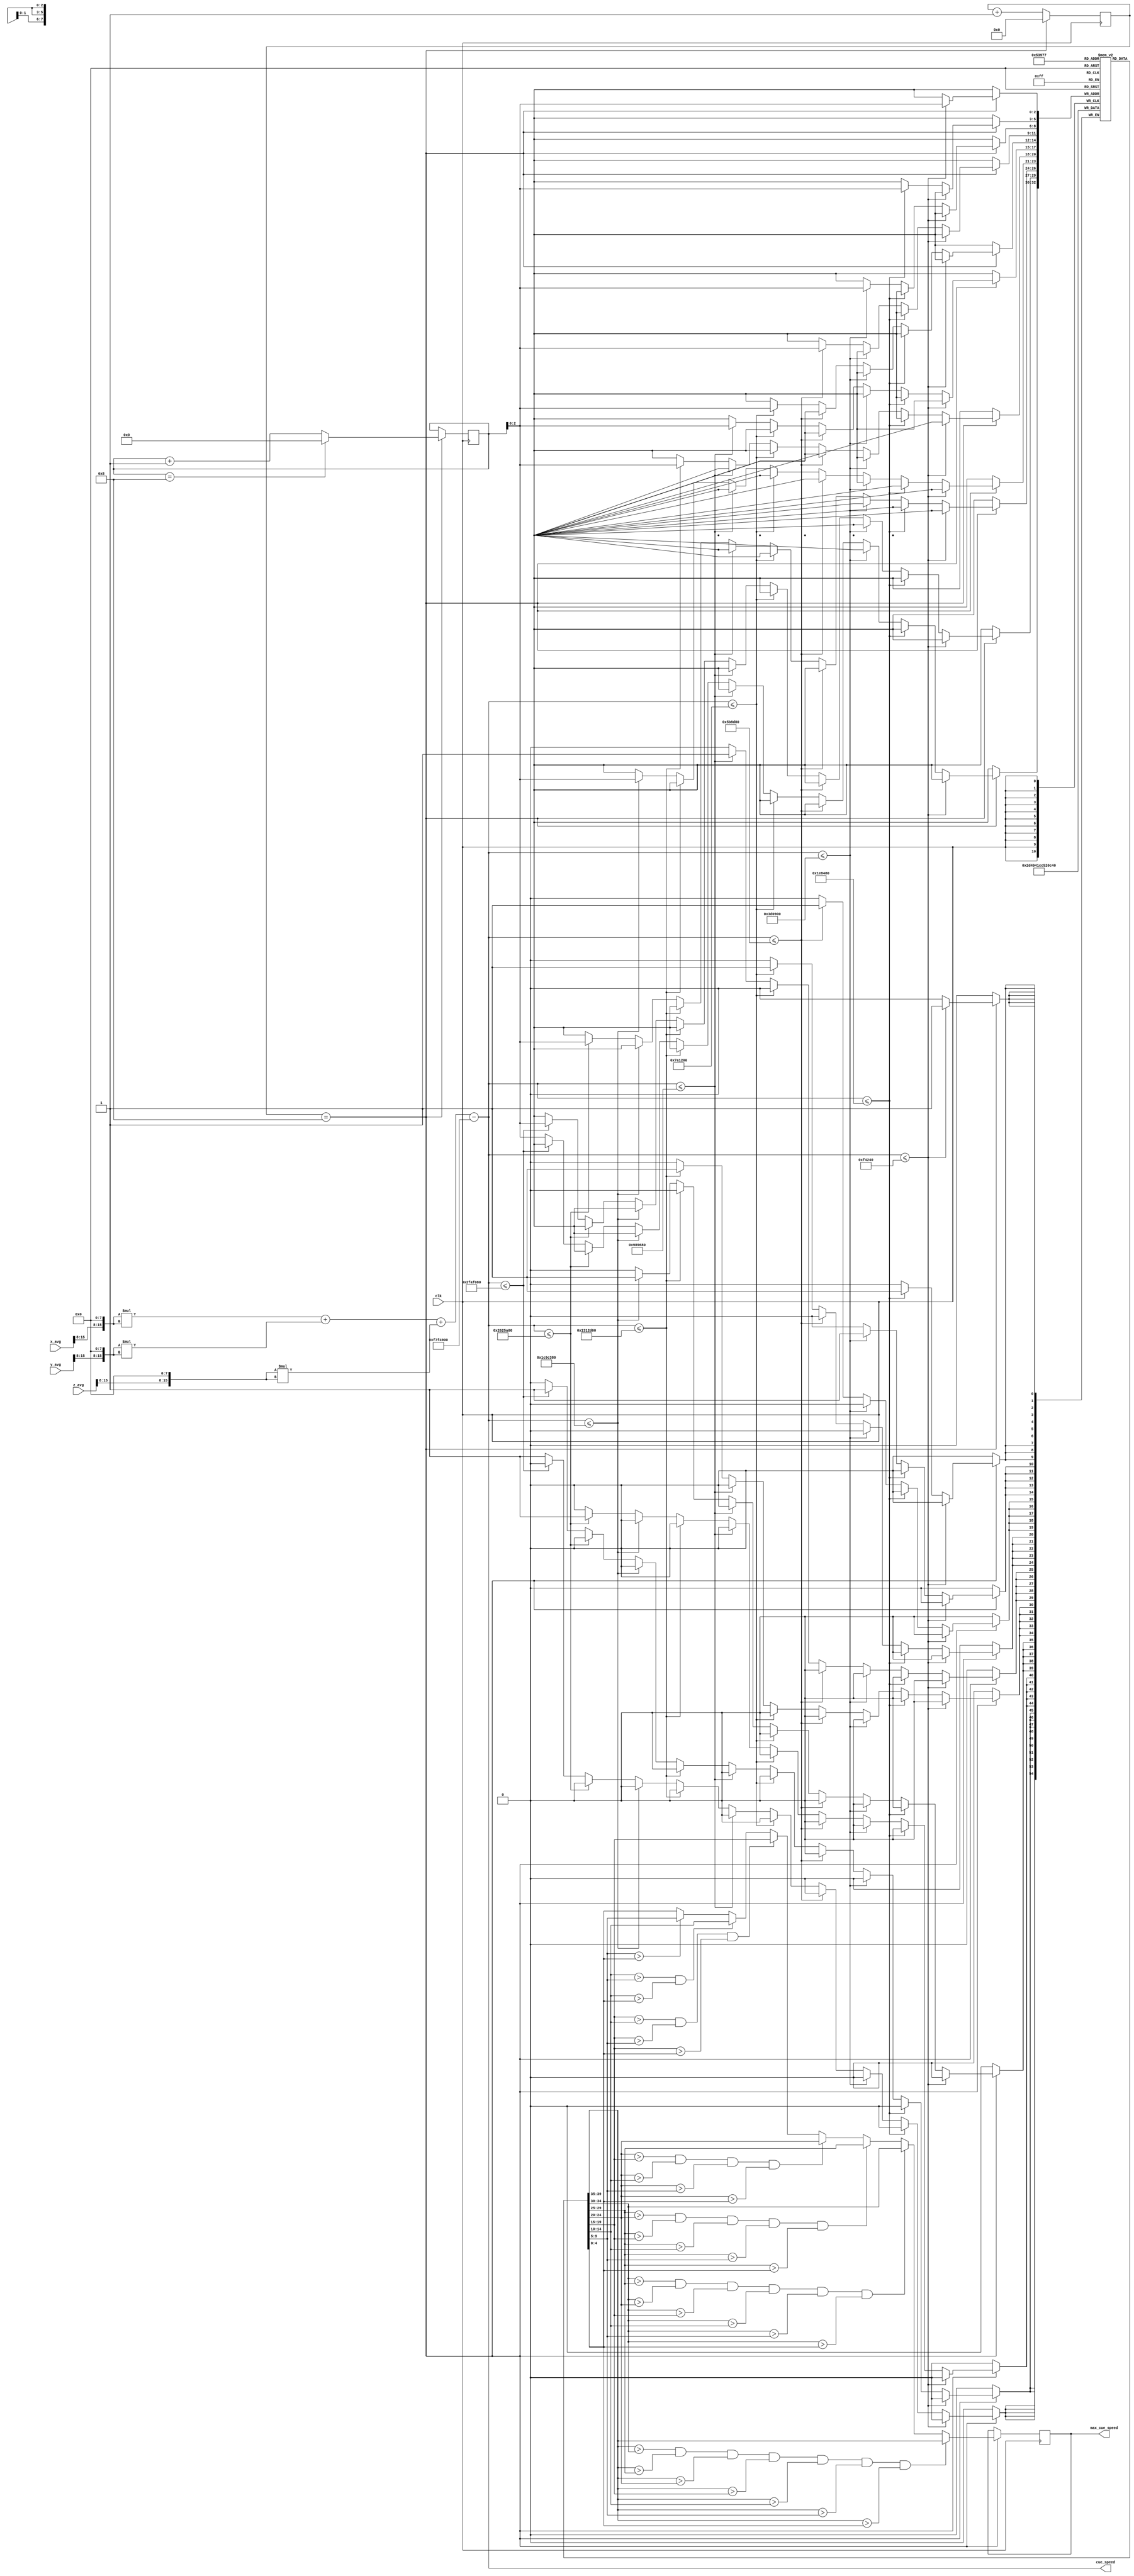
`timescale 1ns / 1ps
//////////////////////////////////////////////////////////////////////////////////
// Company: 
// Engineer: 
// 
// Design Name: 
// Module Name:    cue_speed_calculator 
// Project Name: 
// Target Devices: 
// Tool versions: 
// Description: 
//
// Dependencies: 
//
// Revision: 
// Revision 0.01 - File Created
// Additional Comments: 
//
//////////////////////////////////////////////////////////////////////////////////
module accel_speed_calculator(clk,x_avg,y_avg,z_avg,cue_speed,max_cue_speed);
	input clk;
	input signed [15:0] x_avg,y_avg,z_avg;
	output signed [31:0] cue_speed;
	output reg [4:0] max_cue_speed;
	
	// thresholds
	parameter T1 = 50_000_000;
	parameter T2 = 40_000_000;
	parameter T3 = 30_000_000;
	parameter T4 = 20_000_000;
	parameter T5 = 10_000_000;
	parameter T6 = 8_000_000;
	parameter T7 = 6_000_000;
	parameter T8 = 4_000_000;
	parameter T9 = 2_000_000;
	parameter T10 = 1_000_000;
	
	// cue speed
	parameter signed GRAVITY_SQ = 32'd260_000_000;//32'd268_435_456;
	wire [15:0] x_avg_p = {x_avg[15:8],8'b0};
	wire [15:0] y_avg_p = {y_avg[15:8],8'b0};
	wire [15:0] z_avg_p = {z_avg[15:8],8'b0};
	assign cue_speed = (x_avg_p*x_avg_p)+(y_avg_p*y_avg_p)
		+(z_avg_p*z_avg_p)-GRAVITY_SQ;

	
	// registers
	parameter BUFFER_SIZE = 8;
	reg signed [4:0] buffer [BUFFER_SIZE-1:0]; // keep track of past n speeds
	reg [3:0] i = 0;
	reg [4:0] count = 5'b0;
	parameter N = 8;
	
	// maximum cue speed
//	wire [4:0] max_cue_speed_q;
//	max_arr ma(.arr(buffer),.max(max_cue_speed_q));
	
	always @(posedge clk) begin
		if (count==N) begin
			// update max cue speed
			if (buffer[0]>buffer[1] && buffer[0]>buffer[2] && buffer[0]>buffer[3]
				&& buffer[0]>buffer[4] && buffer[0]>buffer[5] && buffer[0]>buffer[6]
				&& buffer[0]>buffer[7])
				max_cue_speed <= buffer[0];
			else if (buffer[1]>buffer[2] && buffer[1]>buffer[3]
				&& buffer[1]>buffer[4] && buffer[1]>buffer[5] && buffer[1]>buffer[6]
				&& buffer[1]>buffer[7])
				max_cue_speed <= buffer[1];
			else if (buffer[2]>buffer[3]
				&& buffer[2]>buffer[4] && buffer[2]>buffer[5] && buffer[2]>buffer[6]
				&& buffer[2]>buffer[7])
				max_cue_speed <= buffer[2];
			else if (buffer[3]>buffer[4] && buffer[3]>buffer[5] && buffer[3]>buffer[6]
				&& buffer[3]>buffer[7])
				max_cue_speed <= buffer[3];
			else if (buffer[4]>buffer[5] && buffer[4]>buffer[6]
				&& buffer[4]>buffer[7])
				max_cue_speed <= buffer[4];
			else if (buffer[5]>buffer[6]
				&& buffer[5]>buffer[7])
				max_cue_speed <= buffer[5];
			else if (buffer[6]>buffer[7])
				max_cue_speed <= buffer[6];
			else
				max_cue_speed <= buffer[7];
		
			// update counters
			if (i==BUFFER_SIZE) i <= 0;
			else i <= i+1;
			count <= 0;
			
			// populate buffer
			if (cue_speed<=T10)
				buffer[i] <= 4'd1;
			else if (cue_speed<=T9)
				buffer[i] <= 4'd2;
			else if (cue_speed<=T8)
				buffer[i] <= 4'd3;
			else if (cue_speed<=T7)
				buffer[i] <= 4'd4;
			else if (cue_speed<=T6)
				buffer[i] <= 4'd5;
			else if (cue_speed<=T5)
				buffer[i] <= 4'd6;
			else if (cue_speed<=T4)
				buffer[i] <= 4'd7;
			else if (cue_speed<=T3)
				buffer[i] <= 4'd8;
			else if (cue_speed<=T2)
				buffer[i] <= 4'd9;
			else if (cue_speed<=T1)
				buffer[i] <= 4'd10;
			else
				buffer[i] <= 4'd11;
		end
		
		else count <= count+1;
	end

endmodule


//module max_arr(buffer,max);
//	input [31:0] buffer [7:0];
//	output reg [4:0] max;
//	
//	always @(arr) begin
//		if (buffer[0]>buffer[1] && buffer[0]>buffer[2] && buffer[0]>buffer[3]
//			&& buffer[0]>buffer[4] && buffer[0]>buffer[5] && buffer[0]>buffer[6]
//			&& buffer[0]>buffer[7])
//			max = buffer[0];
//		else if (buffer[1]>buffer[2] && buffer[1]>buffer[3]
//			&& buffer[1]>buffer[4] && buffer[1]>buffer[5] && buffer[1]>buffer[6]
//			&& buffer[1]>buffer[7])
//			max = buffer[1];
//		else if (buffer[2]>buffer[3]
//			&& buffer[2]>buffer[4] && buffer[2]>buffer[5] && buffer[2]>buffer[6]
//			&& buffer[2]>buffer[7])
//			max = buffer[2];
//		else if (buffer[3]>buffer[4] && buffer[3]>buffer[5] && buffer[3]>buffer[6]
//			&& buffer[3]>buffer[7])
//			max = buffer[3];
//		else if (buffer[4]>buffer[5] && buffer[4]>buffer[6]
//			&& buffer[4]>buffer[7])
//			max = buffer[4];
//		else if (buffer[5]>buffer[6]
//			&& buffer[5]>buffer[7])
//			max = buffer[5];
//		else if (buffer[6]>buffer[7])
//			max = buffer[6];
//		else
//			max = buffer[7];
//	end
//endmodule